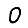
Digit: 0